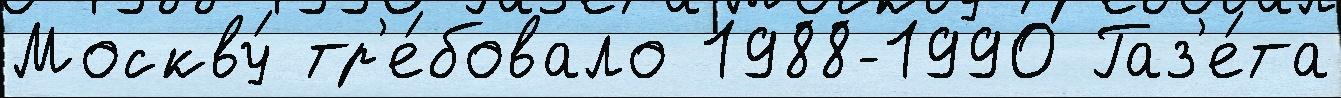
Москву́ тр'е́бовало 1988-1990 Газ'е́та